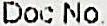
DOC NO.